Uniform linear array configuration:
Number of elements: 12
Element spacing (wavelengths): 0.5
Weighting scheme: uniform
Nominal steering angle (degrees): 15
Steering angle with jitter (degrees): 13.496
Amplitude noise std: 0.05
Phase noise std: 0.05

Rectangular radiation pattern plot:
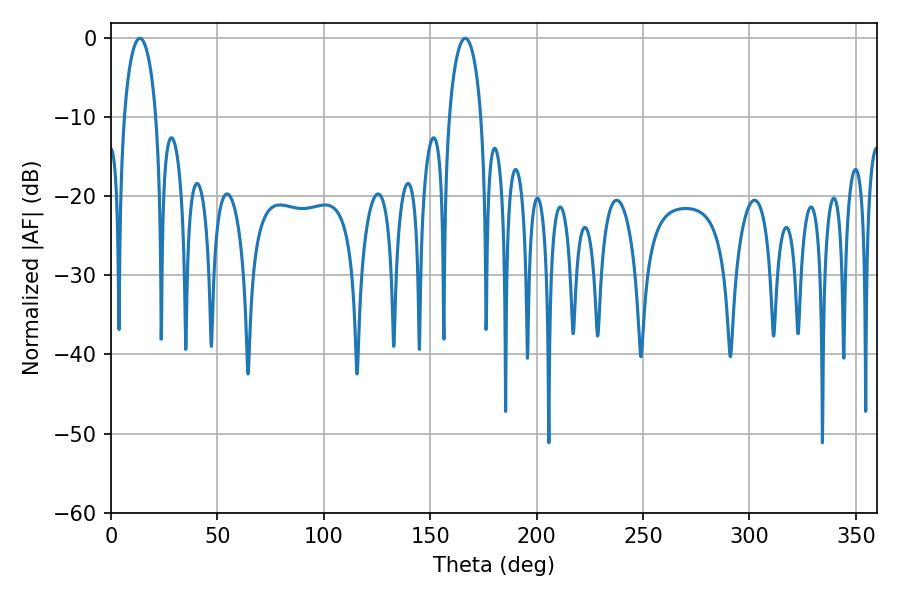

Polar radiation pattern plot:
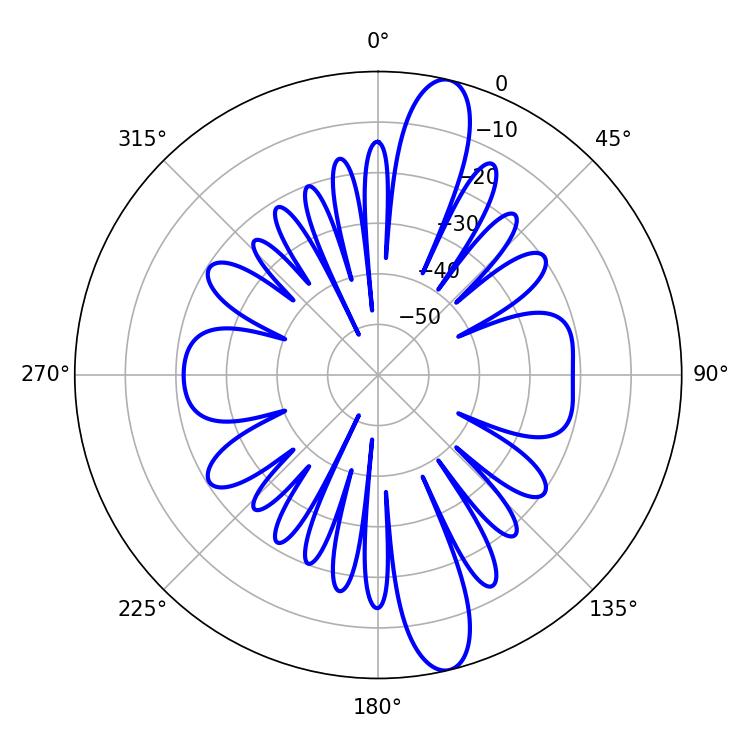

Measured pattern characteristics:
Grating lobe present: FALSE
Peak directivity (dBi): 13.982
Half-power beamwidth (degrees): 8.46
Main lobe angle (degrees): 166.5